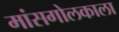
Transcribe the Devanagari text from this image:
मांसगोलकाला